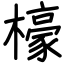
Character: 檺